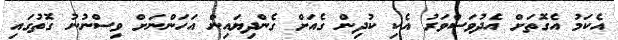
އެކަމު އެގޮތަށް އެދުވަސްވަރު އެކި ކުދިން ގެއަށް ގެންދިޔައިން އަހަންނަށް ވިސްނުނު ގޮތުގައި